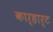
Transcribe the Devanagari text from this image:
कार्हार्ट